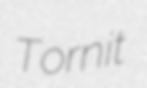
Tornit